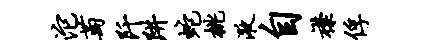
沱萄阡阱蛇桃液自襟俘